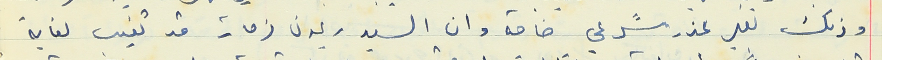
وذلك بغير عذر شرعي خاصة وان السيد ريمون فرحات قد تغيب لغاية